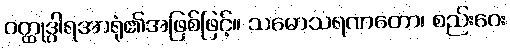
ဝတ္ထုဒွါရအာရုံ၏အဖြစ်ဖြင့်။ သမောသရဏတော၊ စည်းဝေး